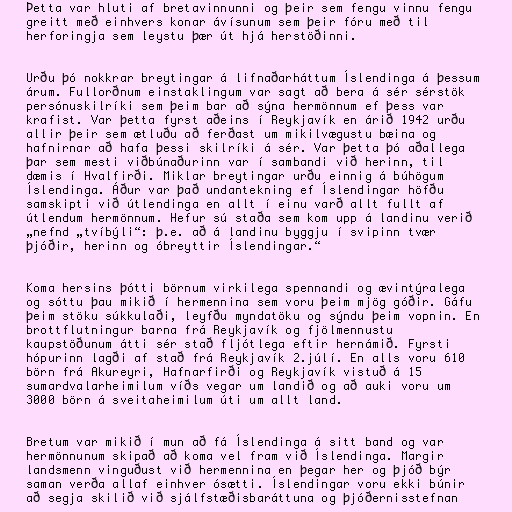
Þetta var hluti af bretavinnunni og þeir sem fengu vinnu fengu
greitt með einhvers konar ávísunum sem þeir fóru með til
herforingja sem leystu þær út hjá herstöðinni.

Urðu þó nokkrar breytingar á lifnaðarháttum Íslendinga á þessum
árum. Fullorðnum einstaklingum var sagt að bera á sér sérstök
persónuskilríki sem þeim bar að sýna hermönnum ef þess var
krafist. Var þetta fyrst aðeins í Reykjavík en árið 1942 urðu
allir þeir sem ætluðu að ferðast um mikilvægustu bæina og
hafnirnar að hafa þessi skilríki á sér. Var þetta þó aðallega
þar sem mesti viðbúnaðurinn var í sambandi við herinn, til
dæmis í Hvalfirði. Miklar breytingar urðu einnig á búhögum
Íslendinga. Áður var það undantekning ef Íslendingar höfðu
samskipti við útlendinga en allt í einu varð allt fullt af
útlendum hermönnum. Hefur sú staða sem kom upp á landinu verið
„nefnd „tvíbýli“: þ.e. að á landinu byggju í svipinn tvær
þjóðir, herinn og óbreyttir Íslendingar.“

Koma hersins þótti börnum virkilega spennandi og ævintýralega
og sóttu þau mikið í hermennina sem voru þeim mjög góðir. Gáfu
þeim stöku súkkulaði, leyfðu myndatöku og sýndu þeim vopnin. En
brottflutningur barna frá Reykjavík og fjölmennustu
kaupstöðunum átti sér stað fljótlega eftir hernámið. Fyrsti
hópurinn lagði af stað frá Reykjavík 2.júlí. En alls voru 610
börn frá Akureyri, Hafnarfirði og Reykjavík vistuð á 15
sumardvalarheimilum víðs vegar um landið og að auki voru um
3000 börn á sveitaheimilum úti um allt land.

Bretum var mikið í mun að fá Íslendinga á sitt band og var
hermönnunum skipað að koma vel fram við Íslendinga. Margir
landsmenn vinguðust við hermennina en þegar her og þjóð býr
saman verða allaf einhver ósætti. Íslendingar voru ekki búnir
að segja skilið við sjálfstæðisbaráttuna og þjóðernisstefnan